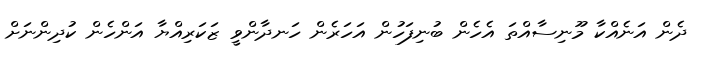
ދެން އަނެއްކާ މޫނިސާއްތަ އެހެން ބުނިފަހުން އަހަރެން ހަނދާންވީ ޒަކަރިއްޔާ އަންހެން ކުދިންނަށް